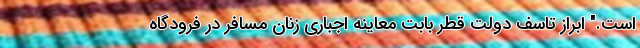
است." ابراز تاسف دولت قطر بابت معاینه اجباری زنان مسافر در فرودگاه